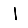
Digit: 1